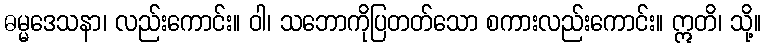
ဓမ္မဒေသနာ၊ လည်းကောင်း။ ဝါ၊ သဘောကိုပြတတ်သော စကားလည်းကောင်း။ ဣတိ၊ သို့။